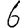
Digit: 6